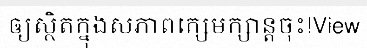
ឲ្យស្ថិតក្នុងសភាពក្សេមក្សាន្តចុះ!View